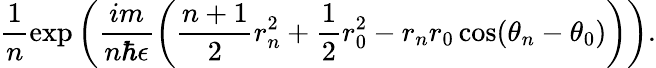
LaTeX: \frac{1}{n}\exp\left(\frac{im}{n\hbar\epsilon}\left(\frac{n+1}{2}r_{n}^{2}+\frac{1}{2}r_{0}^{2}-r_{n}r_{0}\cos(\theta_{n}-\theta_{0})\right)\right).